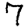
Digit: 7